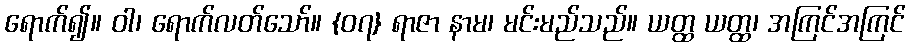
ရောက်၍။ ဝါ၊ ရောက်လတ်သော်။ {၀၇} ရာဇာ နာမ၊ မင်းမည်သည်။ ယတ္ထ ယတ္ထ၊ အကြင်အကြင်